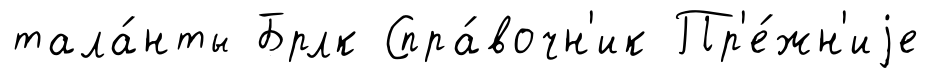
тала́нты Брлк Спра́вочн'ик Пр'е́жн'иjе